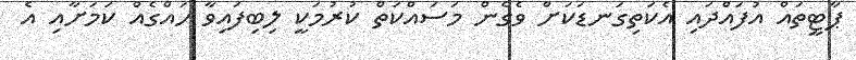
ޕާޓީތައް އުފައްދައި އެކަތިގަނޑަކަށް ވެގެން މަސައްކަތް ކުރުމަކީ ލިބިފައިވާ ހައްގެއް ކަމަށާއި އެ